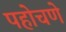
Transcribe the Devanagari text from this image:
पहोचणे